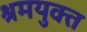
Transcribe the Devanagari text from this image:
श्रमयुक्त